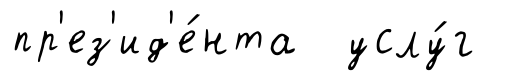
пр'ез'ид'е́нта услу́г